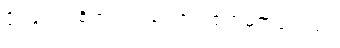
ပိုင်ချင်တဲ့စိတ်ကယ်ကြောင့် ဇွတ်မှိတ်ခဲ့သည်။